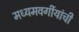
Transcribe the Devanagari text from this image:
मध्यमवर्गीयांची